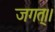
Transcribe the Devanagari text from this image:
जगत्।।